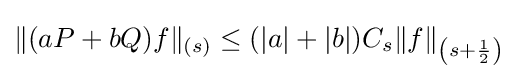
\|(aP+bQ)f\|_{(s)}\leq (|a|+|b|)C_{s}\|f\|_{\left(s+{1 \over 2}\right)}